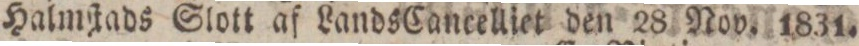
Halmſtads Slott af Lands Cancelliet den 28 Nov. 1831.